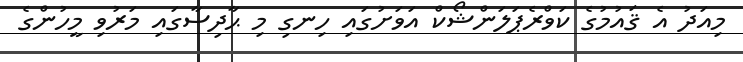
މިއަދު އެ ޤައުމުގެ ކަވްރެޕަލަންޝޯކް އަވަށުގައި ހިނގި މި ޙާދިސާގައި މަރުވި މީހުންގެ